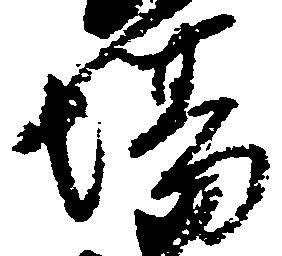
場